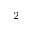
^ 2